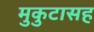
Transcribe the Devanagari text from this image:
मुकुटासह